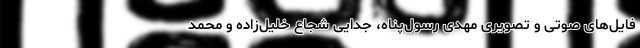
فایل‌های صوتی و تصویری مهدی رسول‌پناه، جدایی شجاع خلیل‌زاده و محمد